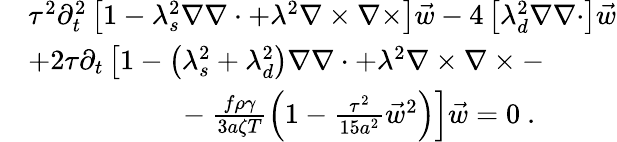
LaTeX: \begin{array}{rl}&{\tau^{2}\partial_{t}^{2}\left[1-\lambda_{s}^{2}\nabla\nabla\cdot+\lambda^{2}\nabla\times\nabla\times\right]\vec{w}-4\left[\lambda_{d}^{2}\nabla\nabla\cdot\right]\vec{w}}\\ &{+2\tau\partial_{t}\left[1-\left(\lambda_{s}^{2}+\lambda_{d}^{2}\right)\nabla\nabla\cdot+\lambda^{2}\nabla\times\nabla\times-\right.}\\ &{\left.\ \ \ \ \ \ \ \ \ \ \ \ \ \ \ \ \ \ \ \ \ -\frac{f\rho\gamma}{3a\zeta T}\left(1-\frac{\tau^{2}}{15a^{2}}\vec{w}^{2}\right)\right]\vec{w}=0\ .}\end{array}